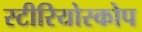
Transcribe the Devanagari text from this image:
स्टीरियोस्कोप